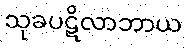
သုခပဋိလာဘာယ